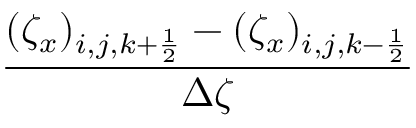
\frac { ( \zeta _ { x } ) _ { i , j , k + \frac { 1 } { 2 } } - ( \zeta _ { x } ) _ { i , j , k - \frac { 1 } { 2 } } } { \Delta \zeta }